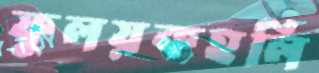
ফুলয়কহলি